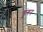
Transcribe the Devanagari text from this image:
डुंगन